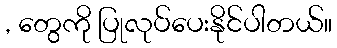
, တွေကို ပြုလုပ်ပေးနိုင်ပါတယ်။